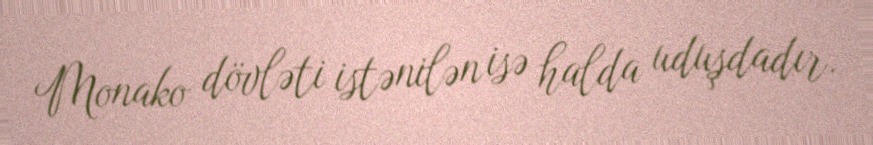
Monako dövləti istənilən isə halda uduşdadır.